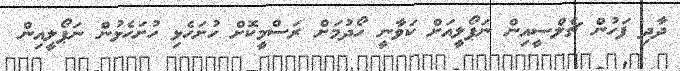
ދާދި ފަހުން ޗެލްސީއިން ނަޕޯލީއަށް ކަވާނީ ހޯދުމަށް ރަސްމީކޮށް ހުށަހެޅި ހުށަހެޅުން ނަޕޯލީއިން